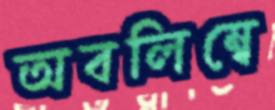
অবলিম্বে